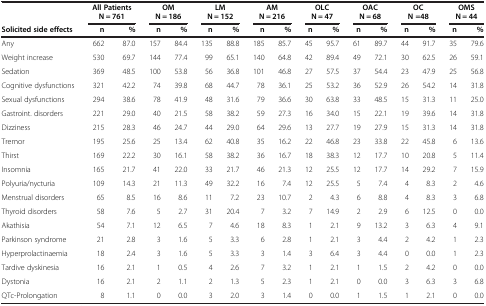
<table><thead><tr><td><b> </b></td><td colspan="2"><b>All Patients N = 761</b></td><td colspan="2"><b>OM N = 186</b></td><td colspan="2"><b>LM N = 152</b></td><td colspan="2"><b>AM N = 216</b></td><td colspan="2"><b>OLC N = 47</b></td><td colspan="2"><b>OAC N = 68</b></td><td colspan="2"><b>OC N =48</b></td><td colspan="2"><b>OMS N = 44</b></td></tr><tr><td><b>Solicited side effects</b></td><td><b>n</b></td><td><b>%</b></td><td><b>n</b></td><td><b>%</b></td><td><b>n</b></td><td><b>%</b></td><td><b>n</b></td><td><b>%</b></td><td><b>n</b></td><td><b>%</b></td><td><b>n</b></td><td><b>%</b></td><td><b>n</b></td><td><b>%</b></td><td><b>n</b></td><td><b>%</b></td></tr></thead><tbody><tr><td>Any</td><td>662</td><td>87.0</td><td>157</td><td>84.4</td><td>135</td><td>88.8</td><td>185</td><td>85.7</td><td>45</td><td>95.7</td><td>61</td><td>89.7</td><td>44</td><td>91.7</td><td>35</td><td>79.6</td></tr><tr><td>Weight increase</td><td>530</td><td>69.7</td><td>144</td><td>77.4</td><td>99</td><td>65.1</td><td>140</td><td>64.8</td><td>42</td><td>89.4</td><td>49</td><td>72.1</td><td>30</td><td>62.5</td><td>26</td><td>59.1</td></tr><tr><td>Sedation</td><td>369</td><td>48.5</td><td>100</td><td>53.8</td><td>56</td><td>36.8</td><td>101</td><td>46.8</td><td>27</td><td>57.5</td><td>37</td><td>54.4</td><td>23</td><td>47.9</td><td>25</td><td>56.8</td></tr><tr><td>Cognitive dysfunctions</td><td>321</td><td>42.2</td><td>74</td><td>39.8</td><td>68</td><td>44.7</td><td>78</td><td>36.1</td><td>25</td><td>53.2</td><td>36</td><td>52.9</td><td>26</td><td>54.2</td><td>14</td><td>31.8</td></tr><tr><td>Sexual dysfunctions</td><td>294</td><td>38.6</td><td>78</td><td>41.9</td><td>48</td><td>31.6</td><td>79</td><td>36.6</td><td>30</td><td>63.8</td><td>33</td><td>48.5</td><td>15</td><td>31.3</td><td>11</td><td>25.0</td></tr><tr><td>Gastroint. disorders</td><td>221</td><td>29.0</td><td>40</td><td>21.5</td><td>58</td><td>38.2</td><td>59</td><td>27.3</td><td>16</td><td>34.0</td><td>15</td><td>22.1</td><td>19</td><td>39.6</td><td>14</td><td>31.8</td></tr><tr><td>Dizziness</td><td>215</td><td>28.3</td><td>46</td><td>24.7</td><td>44</td><td>29.0</td><td>64</td><td>29.6</td><td>13</td><td>27.7</td><td>19</td><td>27.9</td><td>15</td><td>31.3</td><td>14</td><td>31.8</td></tr><tr><td>Tremor</td><td>195</td><td>25.6</td><td>25</td><td>13.4</td><td>62</td><td>40.8</td><td>35</td><td>16.2</td><td>22</td><td>46.8</td><td>23</td><td>33.8</td><td>22</td><td>45.8</td><td>6</td><td>13.6</td></tr><tr><td>Thirst</td><td>169</td><td>22.2</td><td>30</td><td>16.1</td><td>58</td><td>38.2</td><td>36</td><td>16.7</td><td>18</td><td>38.3</td><td>12</td><td>17.7</td><td>10</td><td>20.8</td><td>5</td><td>11.4</td></tr><tr><td>Insomnia</td><td>165</td><td>21.7</td><td>41</td><td>22.0</td><td>33</td><td>21.7</td><td>46</td><td>21.3</td><td>12</td><td>25.5</td><td>12</td><td>17.7</td><td>14</td><td>29.2</td><td>7</td><td>15.9</td></tr><tr><td>Polyuria/nycturia</td><td>109</td><td>14.3</td><td>21</td><td>11.3</td><td>49</td><td>32.2</td><td>16</td><td>7.4</td><td>12</td><td>25.5</td><td>5</td><td>7.4</td><td>4</td><td>8.3</td><td>2</td><td>4.6</td></tr><tr><td>Menstrual disorders</td><td>65</td><td>8.5</td><td>16</td><td>8.6</td><td>11</td><td>7.2</td><td>23</td><td>10.7</td><td>2</td><td>4.3</td><td>6</td><td>8.8</td><td>4</td><td>8.3</td><td>3</td><td>6.8</td></tr><tr><td>Thyroid disorders</td><td>58</td><td>7.6</td><td>5</td><td>2.7</td><td>31</td><td>20.4</td><td>7</td><td>3.2</td><td>7</td><td>14.9</td><td>2</td><td>2.9</td><td>6</td><td>12.5</td><td>0</td><td>0.0</td></tr><tr><td>Akathisia</td><td>54</td><td>7.1</td><td>12</td><td>6.5</td><td>7</td><td>4.6</td><td>18</td><td>8.3</td><td>1</td><td>2.1</td><td>9</td><td>13.2</td><td>3</td><td>6.3</td><td>4</td><td>9.1</td></tr><tr><td>Parkinson syndrome</td><td>21</td><td>2.8</td><td>3</td><td>1.6</td><td>5</td><td>3.3</td><td>6</td><td>2.8</td><td>1</td><td>2.1</td><td>3</td><td>4.4</td><td>2</td><td>4.2</td><td>1</td><td>2.3</td></tr><tr><td>Hyperprolactinaemia</td><td>18</td><td>2.4</td><td>3</td><td>1.6</td><td>5</td><td>3.3</td><td>3</td><td>1.4</td><td>3</td><td>6.4</td><td>3</td><td>4.4</td><td>0</td><td>0.0</td><td>1</td><td>2.3</td></tr><tr><td>Tardive dyskinesia</td><td>16</td><td>2.1</td><td>1</td><td>0.5</td><td>4</td><td>2.6</td><td>7</td><td>3.2</td><td>1</td><td>2.1</td><td>1</td><td>1.5</td><td>2</td><td>4.2</td><td>0</td><td>0.0</td></tr><tr><td>Dystonia</td><td>16</td><td>2.1</td><td>2</td><td>1.1</td><td>2</td><td>1.3</td><td>5</td><td>2.3</td><td>1</td><td>2.1</td><td>0</td><td>0.0</td><td>3</td><td>6.3</td><td>3</td><td>6.8</td></tr><tr><td>QTc-Prolongation</td><td>8</td><td>1.1</td><td>0</td><td>0.0</td><td>3</td><td>2.0</td><td>3</td><td>1.4</td><td>0</td><td>0.0</td><td>1</td><td>1.5</td><td>1</td><td>2.1</td><td>0</td><td>0.0</td></tr></tbody></table>